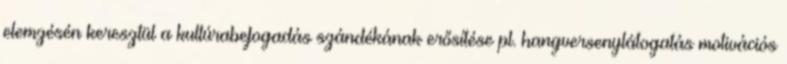
elemzésén keresztül a kultúrabefogadás szándékának erősítése pl. hangversenylátogatás motivációs